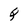
Character: Q